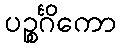
ပဉ္စင်္ဂိကော